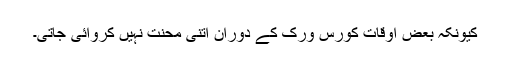
کیونکہ بعض اوقات کورس ورک کے دوران اتنی محنت نہیں کروائی جاتی۔